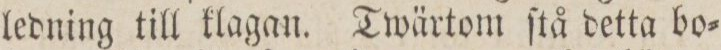
ledning till klagan. Twärtom ſtå detta bo=